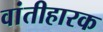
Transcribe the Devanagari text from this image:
वांतीहारक